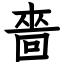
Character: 嗇